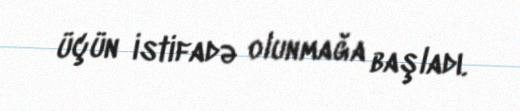
üçün istifadə olunmağa başladı.